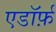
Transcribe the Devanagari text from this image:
एडॉर्फ़